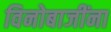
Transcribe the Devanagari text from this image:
विनोबाजींना